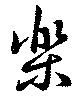
楽